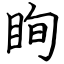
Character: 眴